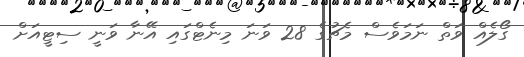
ގޯލެއް ވަތް ނަމަވެސް މެޗުގެ 28 ވަނަ މިނެޓްގައި އޭނާ ވަނީ ސިޓީއަށް